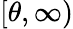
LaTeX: [\theta,\infty)